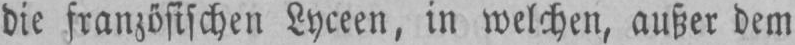
die französischen Lyceen, in welchen, außer dem